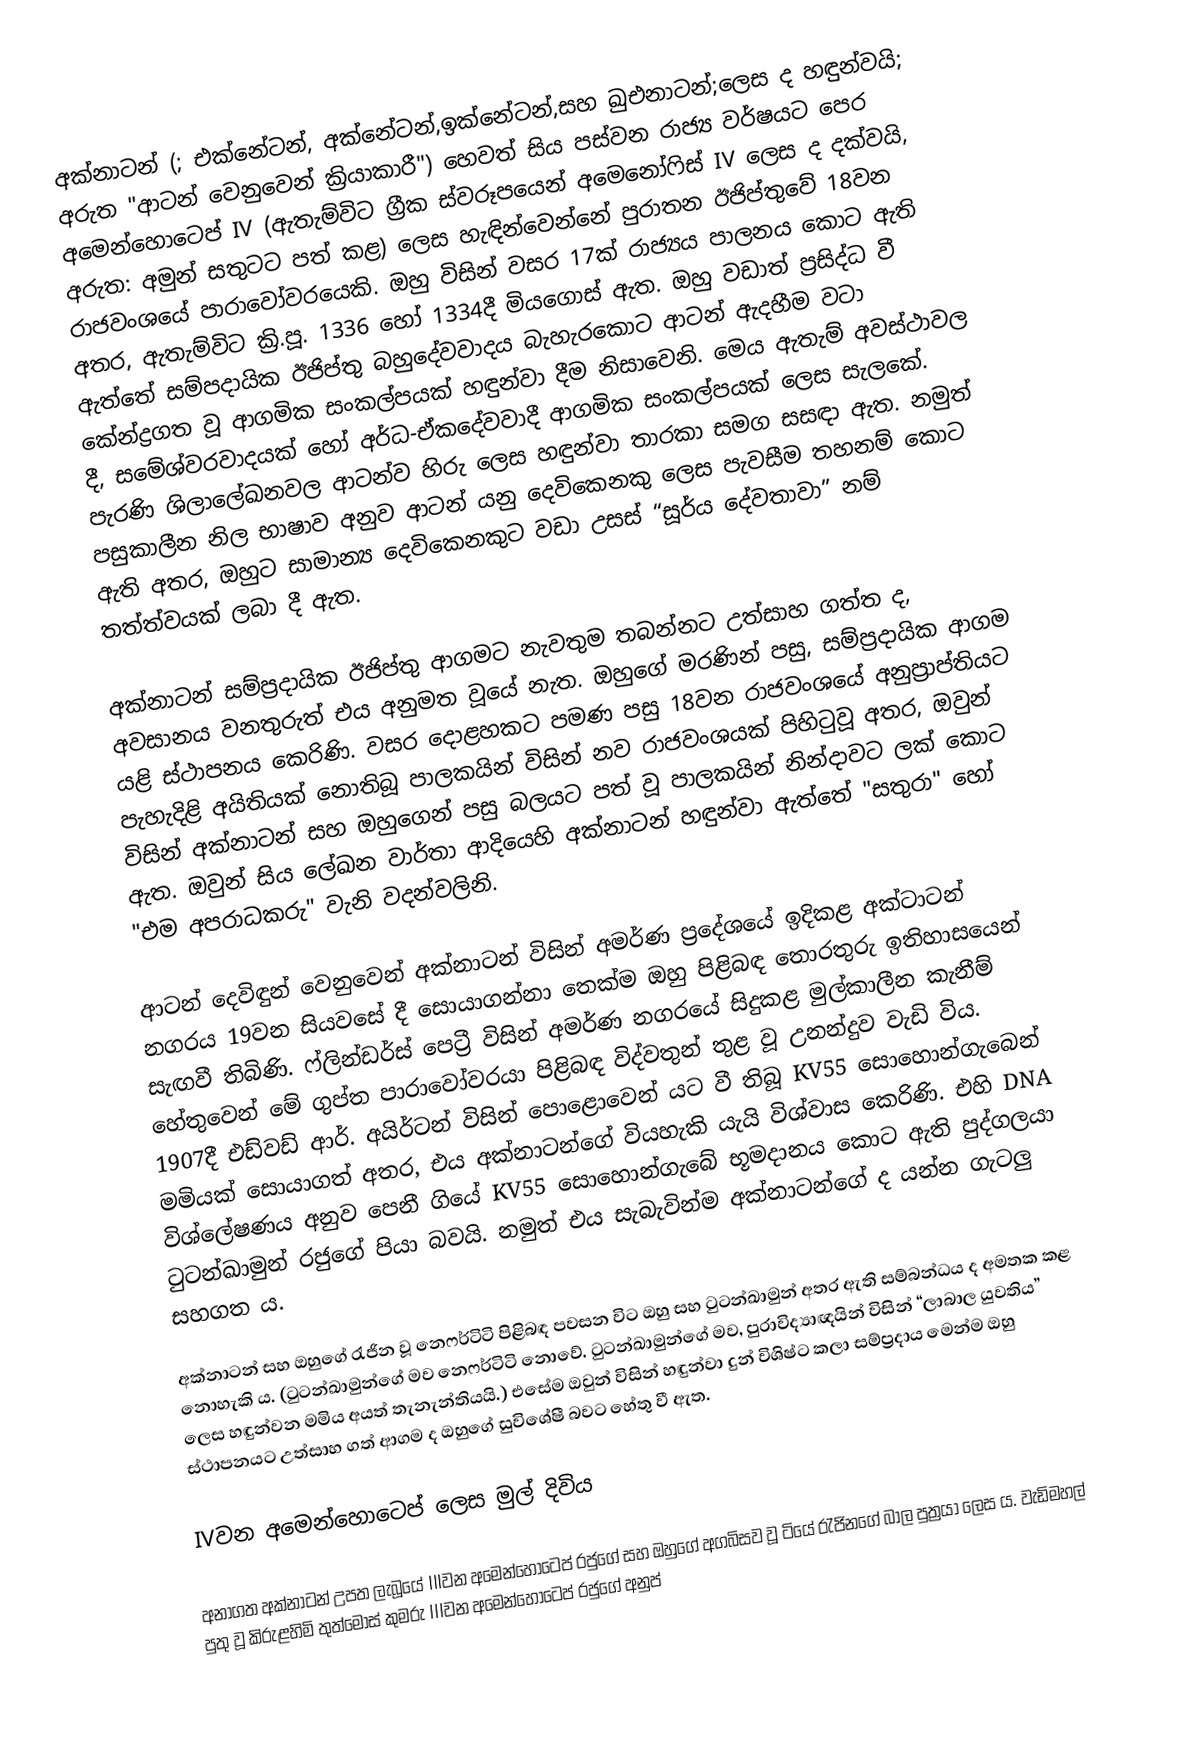
අක්නාටන් (; එක්නේටන්, අක්නේටන්,ඉක්නේටන්,සහ ඛුඑනාටන්;ලෙස ද හඳුන්වයි; අරුත "ආටන් වෙනුවෙන් ක්‍රියාකාරී") හෙවත් සිය පස්වන රාජ්‍ය වර්ෂයට පෙර අමෙන්හොටෙප් IV (ඇතැම්විට ග්‍රීක ස්වරූපයෙන් අමෙනෝෆිස් IV ලෙස ද දක්වයි, අරුත: අමුන් සතුටට පත් කළ) ලෙස හැඳින්වෙන්නේ පුරාතන ඊජිප්තුවේ 18වන රාජවංශයේ පාරාවෝවරයෙකි. ඔහු විසින් වසර 17ක් රාජ්‍යය පාලනය කොට ඇති අතර, ඇතැම්විට ක්‍රි.පූ. 1336 හෝ 1334දී මියගොස් ඇත. ඔහු වඩාත් ප්‍රසිද්ධ වී ඇත්තේ සම්පදායික ඊජිප්තු බහුදේවවාදය බැහැරකොට ආටන් ඇදහීම වටා කේන්ද්‍රගත වූ ආගමික සංකල්පයක් හඳුන්වා දීම නිසාවෙනි. මෙය ඇතැම් අවස්ථාවල දී, සමේශ්වරවාදයක් හෝ අර්ධ-ඒකදේවවාදී ආගමික සංකල්පයක් ලෙස සැලකේ. පැරණි ශිලාලේඛනවල ආටන්ව හිරු ලෙස හඳුන්වා තාරකා සමග සසඳා ඇත. නමුත් පසුකාලීන නිල භාෂාව අනුව ආටන් යනු දෙවිකෙනකු ලෙස පැවසීම තහනම් කොට ඇති අතර, ඔහුට සාමාන්‍ය දෙවිකෙනකුට වඩා උසස් “සූර්ය දේවතාවා” නම් තත්ත්වයක් ලබා දී ඇත.

අක්නාටන් සම්ප්‍රදායික ඊජිප්තු ආගමට නැවතුම තබන්නට උත්සාහ ගත්ත ද, අවසානය වනතුරුත් එය අනුමත වූයේ නැත. ඔහුගේ මරණින් පසු, සම්ප්‍රදායික ආගම යළි ස්ථාපනය කෙරිණි. වසර දොළහකට පමණ පසු 18වන රාජවංශයේ අනුප්‍රාප්තියට පැහැදිළි අයිතියක් නොතිබූ පාලකයින් විසින් නව රාජවංශයක් පිහිටුවූ අතර, ඔවුන් විසින් අක්නාටන් සහ ඔහුගෙන් පසු බලයට පත් වූ පාලකයින් නින්දාවට ලක් කොට ඇත. ඔවුන් සිය ලේඛන වාර්තා ආදියෙහි අක්නාටන් හඳුන්වා ඇත්තේ "සතුරා" හෝ "එම අපරාධකරු" වැනි වදන්වලිනි.

ආටන් දෙවිඳුන් වෙනුවෙන් අක්නාටන් විසින් අමර්ණ ප්‍රදේශයේ ඉදිකළ අක්ටාටන් නගරය 19වන සියවසේ දී සොයාගන්නා තෙක්ම ඔහු පිළිබඳ තොරතුරු ඉතිහාසයෙන් සැඟවී තිබිණි. ෆ්ලින්ඩර්ස් පෙට්‍රී විසින් අමර්ණ නගරයේ සිදුකළ මුල්කාලීන කැනීම් හේතුවෙන් මේ ගුප්ත පාරාවෝවරයා පිළිබඳ විද්වතුන් තුළ වූ උනන්දුව වැඩි විය. 1907දී එඩ්වඩ් ආර්. අයිර්ටන් විසින් පොළොවෙන් යට වී තිබූ KV55 සොහොන්ගැබෙන් මමියක් සොයාගත් අතර, එය අක්නාටන්ගේ වියහැකි යැයි විශ්වාස කෙරිණි. එහි DNA විශ්ලේෂණය අනුව පෙනී ගියේ KV55 සොහොන්ගැබේ භූමදානය කොට ඇති පුද්ගලයා ටුටන්ඛාමුන් රජුගේ පියා බවයි. නමුත් එය සැබැවින්ම අක්නාටන්ගේ ද යන්න ගැටලු සහගත ය.

අක්නාටන් සහ ඔහුගේ රැජින වූ නෙෆර්ටිටි පිළිබඳ පවසන විට ඔහු සහ ටුටන්ඛාමුන් අතර ඇති සම්බන්ධය ද අමතක කළ නොහැකි ය. (ටුටන්ඛාමුන්ගේ මව නෙෆර්ටිටි නොවේ. ටුටන්ඛාමුන්ගේ මව, පුරාවිද්‍යාඥයින් විසින් “ලාබාල යුවතිය” ලෙස හඳුන්වන මමිය අයත් තැනැන්තියයි.) එසේම ඔවුන් විසින් හඳුන්වා දුන් විශිෂ්ට කලා සම්ප්‍රදාය මෙන්ම ඔහු ස්ථාපනයට උත්සාහ ගත් ආගම ද ඔහුගේ සුවිශේෂී බවට හේතු වී ඇත.

IVවන අමෙන්හොටෙප් ලෙස මුල් දිවිය

අනාගත අක්නාටන් උපත ලැබූයේ IIIවන අමෙන්හොටෙප් රජුගේ සහ ඔහුගේ අගබිසව වූ ටියේ රැජිනගේ බාල පුත්‍රයා ලෙස ය. වැඩිමහල් පුතු වූ කිරුළහිමි තුත්මෝස් කුමරු IIIවන අමෙන්හොටෙප් රජුගේ අනුප්